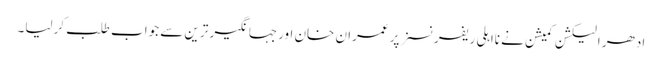
ادھر الیکشن کمیشن نے نااہلی ریفرنسز پر عمران خان اورجہانگیر ترین سے جواب طلب کرلیا۔